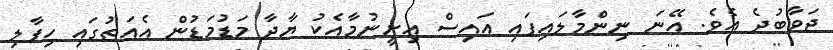
ޖަވާބުދެ އެވެ. އޭނަ ނިންމާލައިފައި އައިސް އިށީނުމާއެކު ޔާދާ މަޑުމަޑުން އެއަތުގައި ހިފާލި